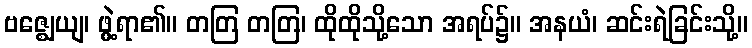
ဗဇ္ဈေယျ၊ ဖွဲ့ရာ၏။ တတြ တတြ၊ ထိုထိုသို့သော အရပ်၌။ အနယံ၊ ဆင်းရဲခြင်းသို့။